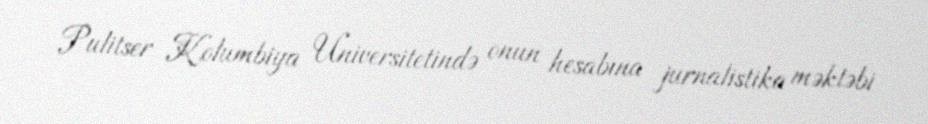
Pulitser Kolumbiya Universitetində onun hesabına jurnalistika məktəbi